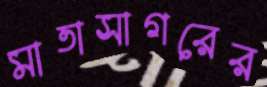
মাতাসাগরের